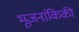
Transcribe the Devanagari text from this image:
भूजनांकिकी